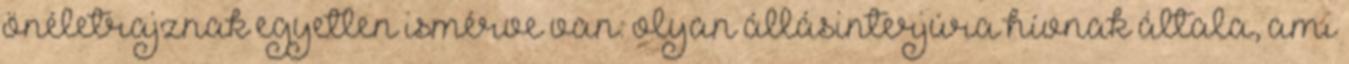
önéletrajznak egyetlen ismérve van: olyan állásinterjúra hívnak általa, ami